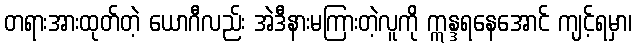
တရားအားထုတ်တဲ့ ယောဂီလည်း အဲဒီနားမကြားတဲ့လူကို ဣန္ဒရနေအောင် ကျင့်ရမှာ၊